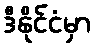
ဒီနိုင်ငံမှာ